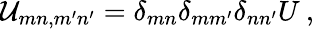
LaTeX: \mathcal U_{mn,m^{\prime}n^{\prime}}=\delta_{mn}\delta_{mm^{\prime}}\delta_{nn^{\prime}}U\: ,